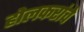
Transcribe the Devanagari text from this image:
होलकरांचे